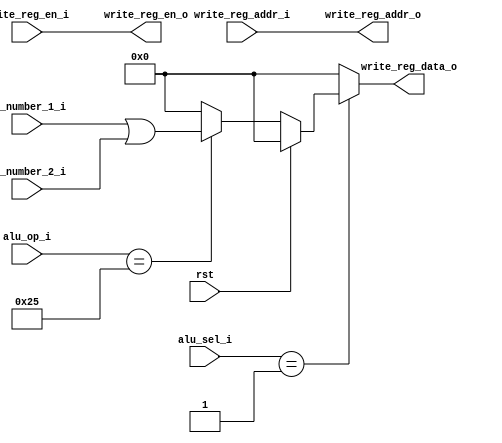
module ex(
    input rst,
    input wire [2:0] alu_sel_i,
    input wire [7:0] alu_op_i,
    input wire [31:0] op_number_1_i,
    input wire [31:0] op_number_2_i,
    input wire write_reg_en_i,
    input wire [4:0] write_reg_addr_i,
    
    output reg write_reg_en_o,
    output reg [4:0] write_reg_addr_o,
    output reg [31:0] write_reg_data_o
);
    reg [31:0] logic_result;
    always @ (*) begin
        if(rst == 1'b1) begin
            logic_result <= 32'h00000000;
        end else begin
            case (alu_op_i) 
                8'b00100101:begin
                    logic_result <= op_number_1_i | op_number_2_i;
                end
                default: begin
                    logic_result <= 32'h00000000;
                end
            endcase
        end
    end

    always @ (*) begin
        write_reg_en_o <= write_reg_en_i;
        write_reg_addr_o <= write_reg_addr_i;
        case (alu_sel_i)
            3'b001: begin
                write_reg_data_o <= logic_result;
            end
            default: begin
                write_reg_data_o <= 32'h00000000;
            end
        endcase
    end
endmodule